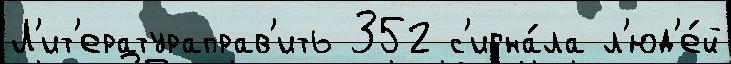
Л'ит'ератураправ'ить 352 с'игна́ла л'юд'е́й